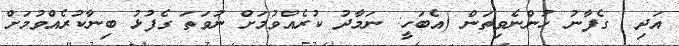
އަދި  ގެފާނު ހުންނެވިތަން (އެބަހީ: ނަމާދު ކުރެއްވުމަށް ނުވަތަ ގެފުޅު ބިނާކުރެއްވުމަށް